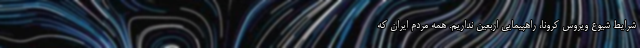
شرایط شیوع ویروس کرونا، راهپیمایی اربعین نداریم. همه مردم ایران که